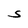
Character: S